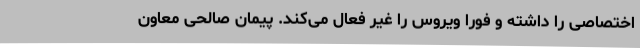
اختصاصی را داشته و فورا ویروس را غیر فعال می‌کند. پیمان صالحی معاون